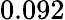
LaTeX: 0.092